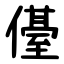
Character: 㒗